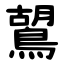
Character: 鶦